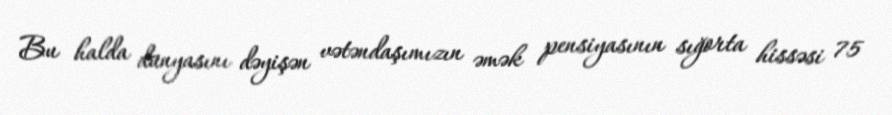
Bu halda dünyasını dəyişən vətəndaşımızın əmək pensiyasının sığorta hissəsi 75